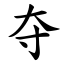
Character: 夺